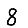
Digit: 8